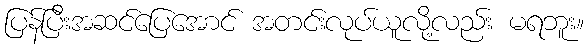
ပြန်ပြီးအဆင်ပြေအောင် အတင်းလုပ်ယူလို့လည်း မရဘူး။